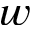
w